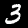
Label: 3